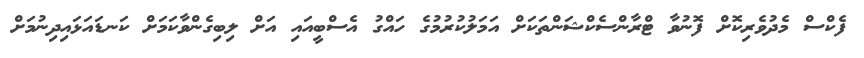
ފެކްސް މެދުވެރިކޮށް ފޮނުވާ ޓްރާންސެކްޝަންތަކަށް އަމަލުކުރުމުގެ ހައްގު އެސްބީއައި އަށް ލިބިގެންވާކަމަށް ކަނޑައަޅައިދިނުމަށް